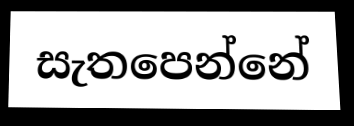
සැතපෙන්නේ